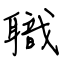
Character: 職